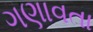
ગણાવતા